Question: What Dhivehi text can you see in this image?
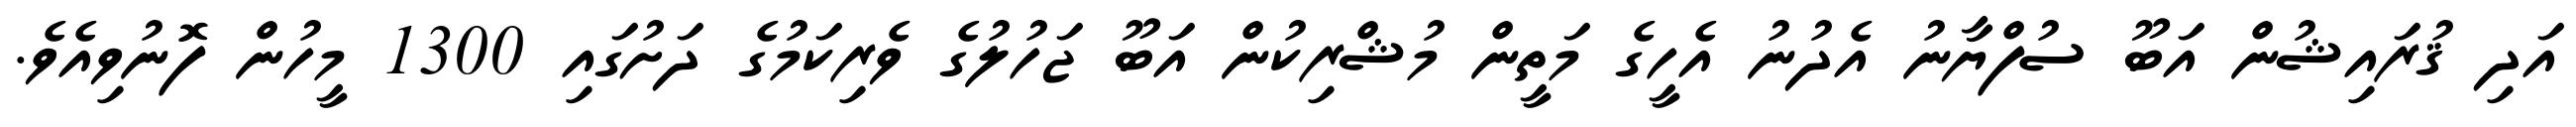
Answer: އަދި ޤުރައިޝުން އަބޫ ސުފްޔާނު އެދުނު އެހީގެ މަތީން މުޝްރިކުން އަބޫ ޖަހުލުގެ ވެރިކަމުގެ ދަށުގައި 1300 މީހުން ފޮނުވިއެވެ.